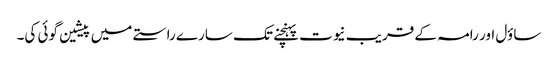
ساؤل اور رامہ کے قریب نیوت پہنچنے تک سارے راستے میں پیشین گوئی کی۔